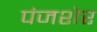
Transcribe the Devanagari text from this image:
पंजशेर